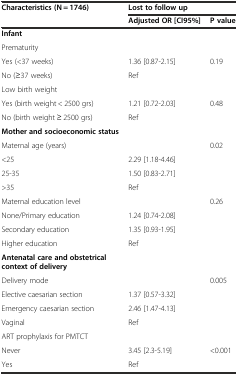
| <ROWSPAN=2> Characteristics (N = 1746) | <COLSPAN=2> Lost to follow up |
 | Adjusted OR [CI95%] | P value |
 | --- | --- | --- |
 | Infant |  |  |
 | Prematurity |  |  |
 | Yes (<37 weeks) | 1.36 [0.87-2.15] | 0.19 |
 | No (≥37 weeks) | Ref |  |
 | Low birth weight |  |  |
 | Yes (birth weight < 2500 grs) | 1.21 [0.72-2.03] | 0.48 |
 | No (birth weight ≥ 2500 grs) | Ref |  |
 | Mother and socioeconomic status |  |  |
 | Maternal age (years) |  | 0.02 |
 | <25 | 2.29 [1.18-4.46] |  |
 | 25-35 | 1.50 [0.83-2.71] |  |
 | >35 | Ref |  |
 | Maternal education level |  | 0.26 |
 | None/Primary education | 1.24 [0.74-2.08] |  |
 | Secondary education | 1.35 [0.93-1.95] |  |
 | Higher education | Ref |  |
 | Antenatal care and obstetrical context of delivery |  |  |
 | Delivery mode |  | 0.005 |
 | Elective caesarian section | 1.37 [0.57-3.32] |  |
 | Emergency caesarian section | 2.46 [1.47-4.13] |  |
 | Vaginal | Ref |  |
 | ART prophylaxis for PMTCT |  |  |
 | Never | 3.45 [2.3-5.19] | <0.001 |
 | Yes | Ref |  |